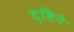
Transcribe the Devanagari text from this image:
दॄष्टिने